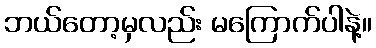
ဘယ်တော့မှလည်း မကြောက်ပါနဲ့။